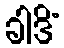
ခါဒိံ